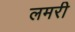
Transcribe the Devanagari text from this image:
लमरी